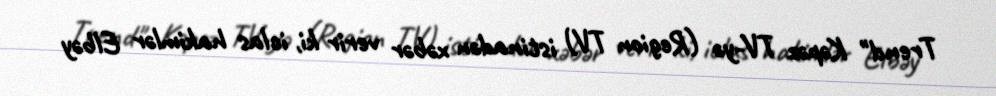
Trend" Kəpəz TV-yə (Region TV) istinadən xəbər verir ki, iclas hakimlər Elbəy